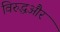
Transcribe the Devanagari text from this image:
विरुद्धऔर